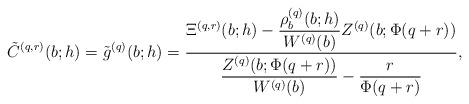
LaTeX: \begin{align*}\tilde{C}^{(q,r)}(b;h)=\tilde{g}^{(q)}(b;h)=\dfrac{\Xi^{(q,r)}(b;h)-\dfrac{\rho^{(q)}_{b}(b;h)}{W^{(q)}(b)} Z^{(q)}(b;\Phi(q+r)) }{\displaystyle\dfrac{ Z^{(q)}(b;\Phi(q+r)) }{W^{(q)}(b)}-\dfrac{r}{\Phi(q+r)}},\end{align*}